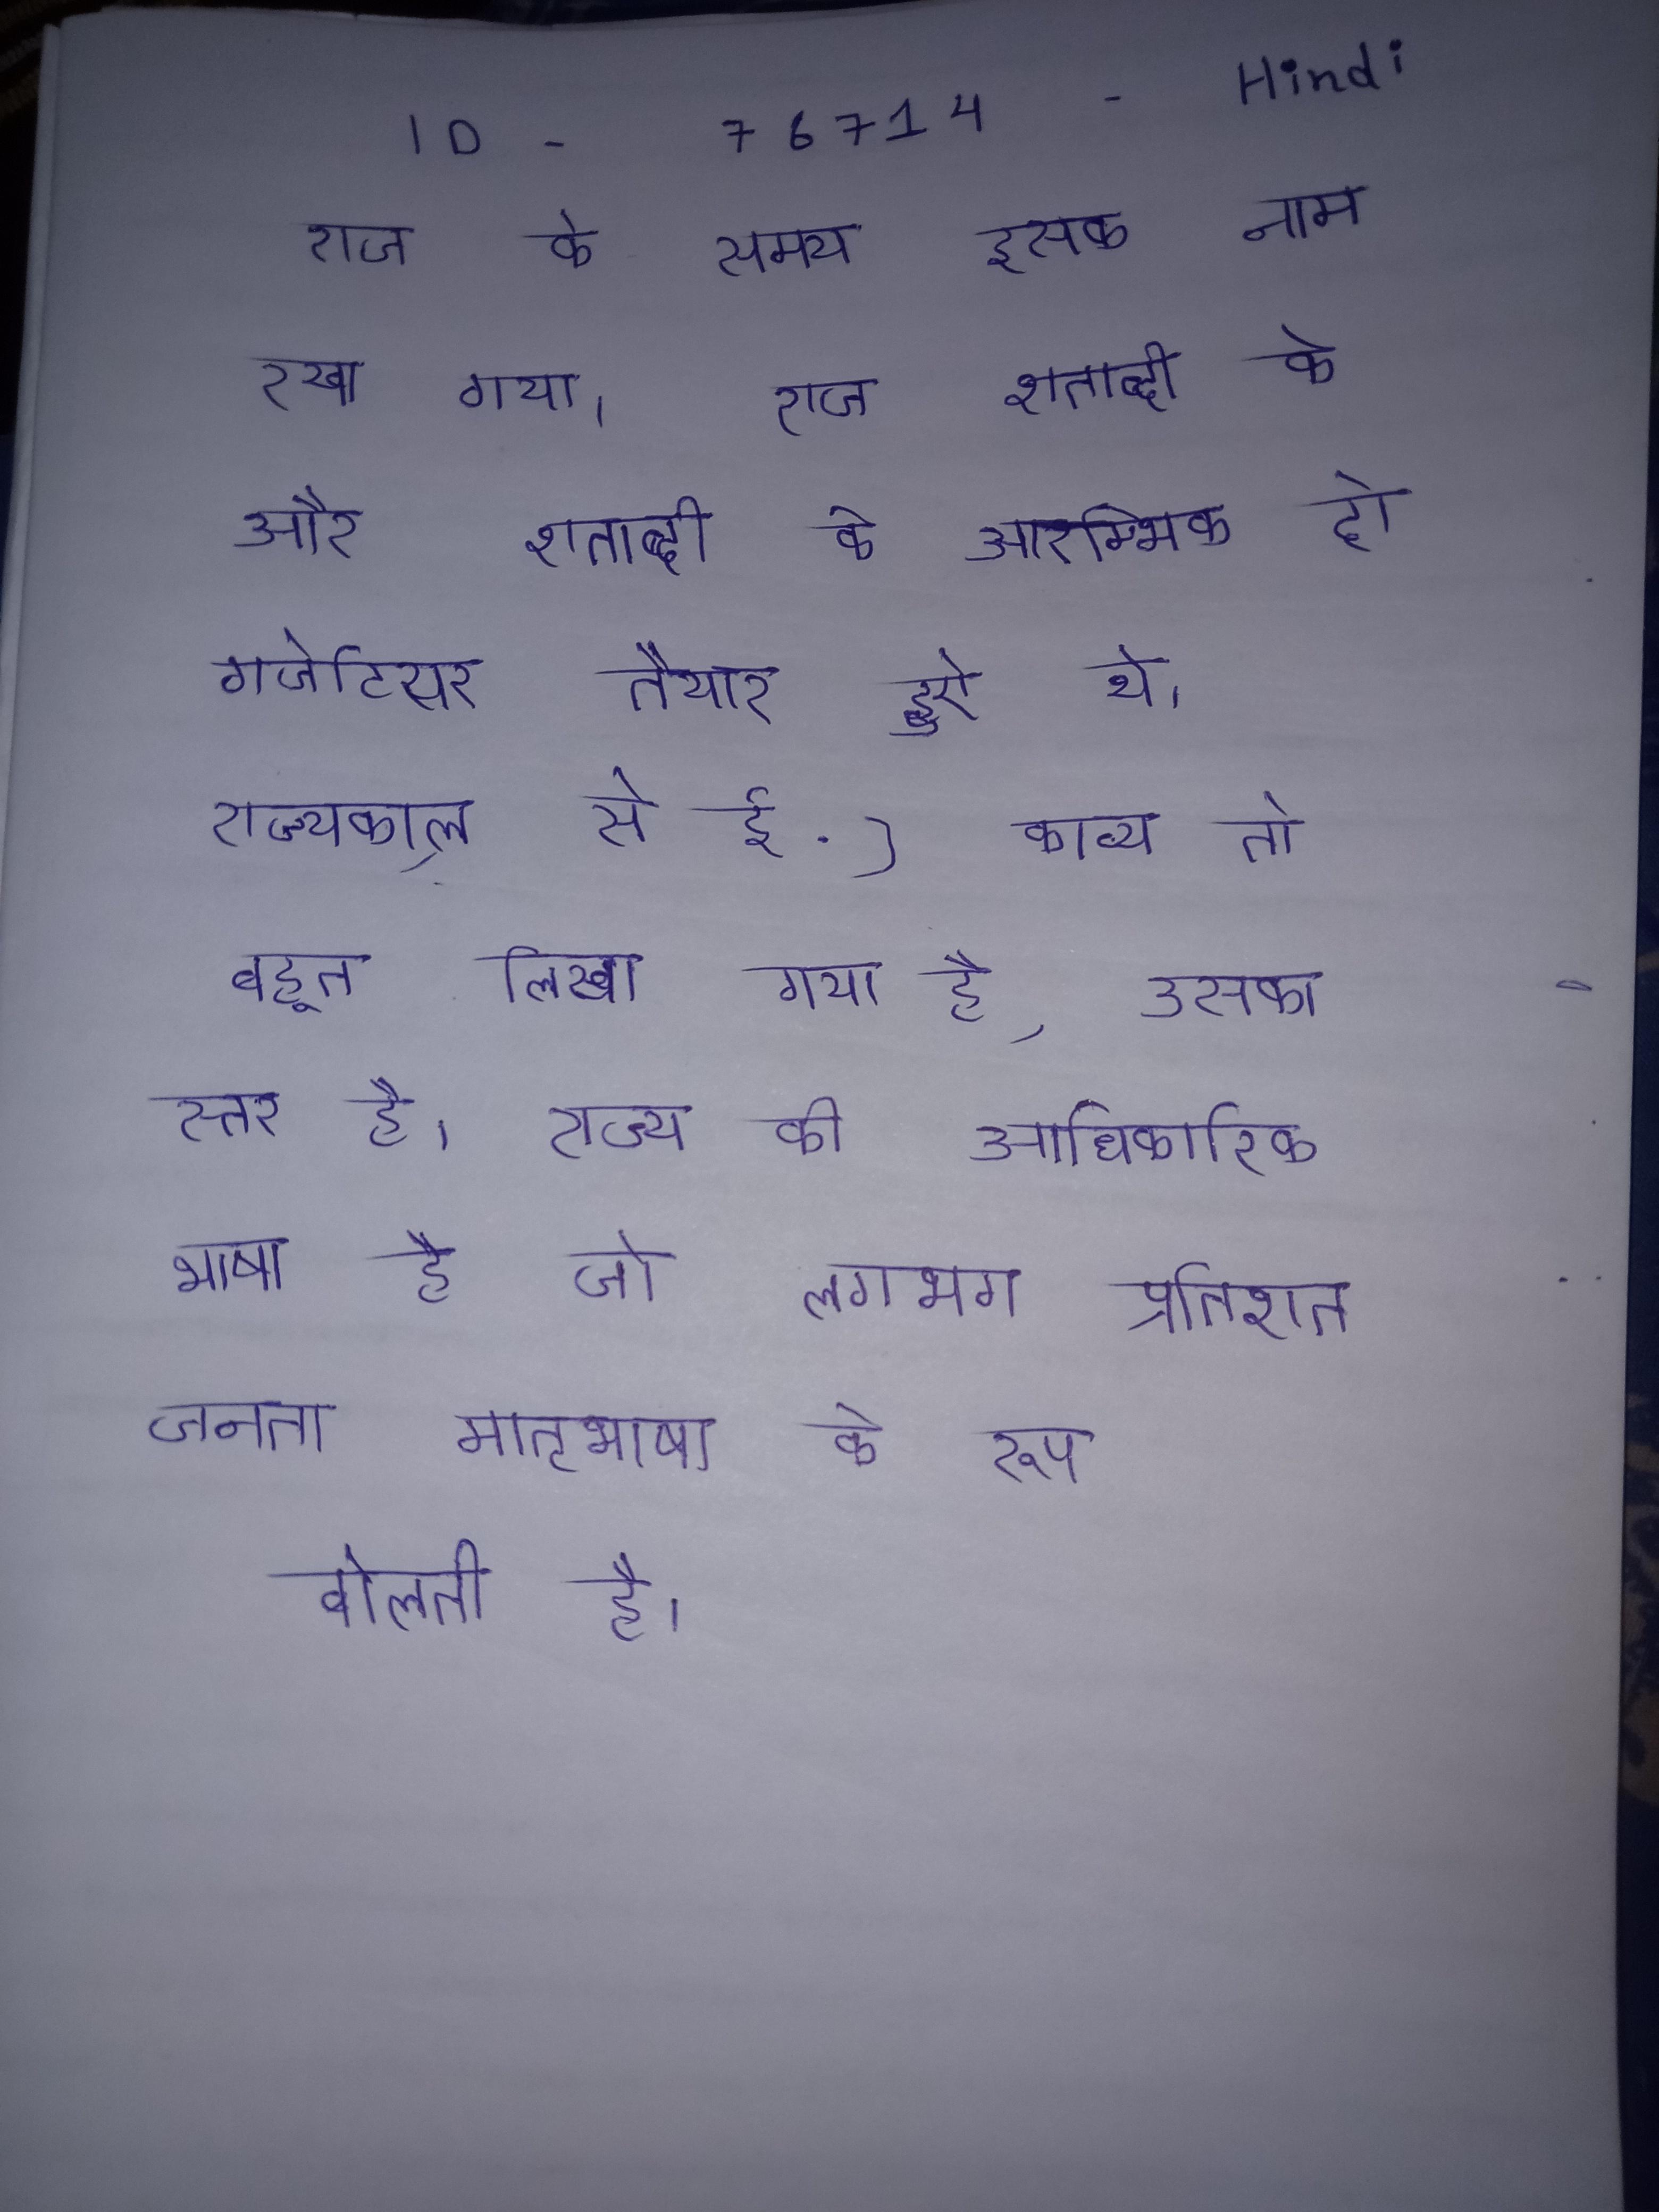
राज के समय इसका नाम रखा गया । राज शताब्दी के और शताब्दी के आरम्भिक दो गजेटियर तैयार हुऐ थे । राज्यकाल से ई.) काव्य तो बहुत लिखा गया है, उसका स्तर है । राज्य की अधिकारिक भाषा है जो लगभग प्रतिशत जनता मातृभाषा के रूप बोलती है ।